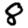
Digit: 8